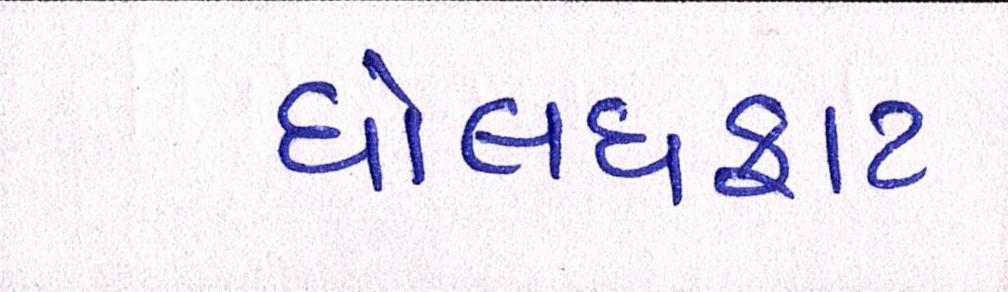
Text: ધોલધફાટ